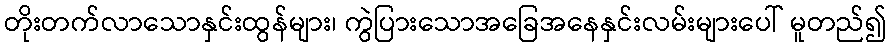
တိုးတက်လာသောနှင်းထွန်များ၊ ကွဲပြားသောအခြေအနေနှင်းလမ်းများပေါ် မူတည်၍